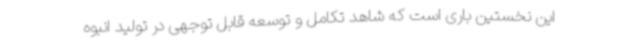
این نخستین باری است که شاهد تکامل و توسعه قابل توجهی در تولید انبوه